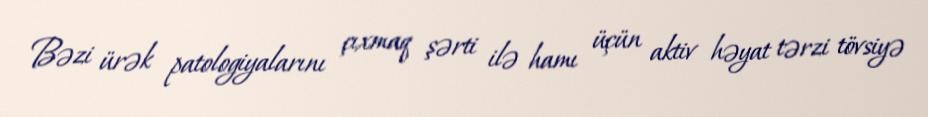
Bəzi ürək patologiyalarını çıxmaq şərti ilə hamı üçün aktiv həyat tərzi tövsiyə